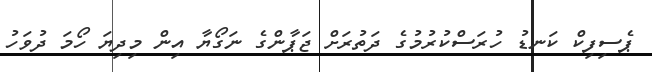
ޕެސިފިކް ކަނޑު ހުރަސްކުރުމުގެ ދަތުރަށް ޖަޕާންގެ ނަގޯޔާ އިން މިދިޔަ ހޯމަ ދުވަހު